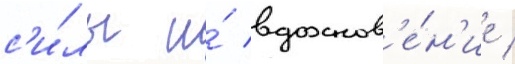
с'и́лы и́ вдохнов'е́н'ие /